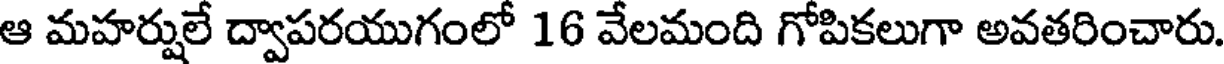
ఆ మహర్షులే ద్వాపరయుగంలో 16 వేలమంది గోపికలుగా అవతరించారు.